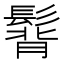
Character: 𩭿